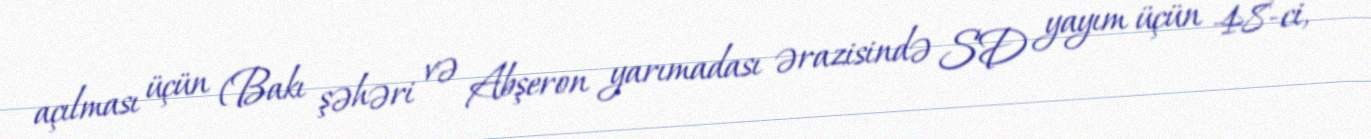
açılması üçün (Bakı şəhəri və Abşeron yarımadası ərazisində SD yayım üçün 48-ci,